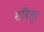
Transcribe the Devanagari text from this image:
सवितुर